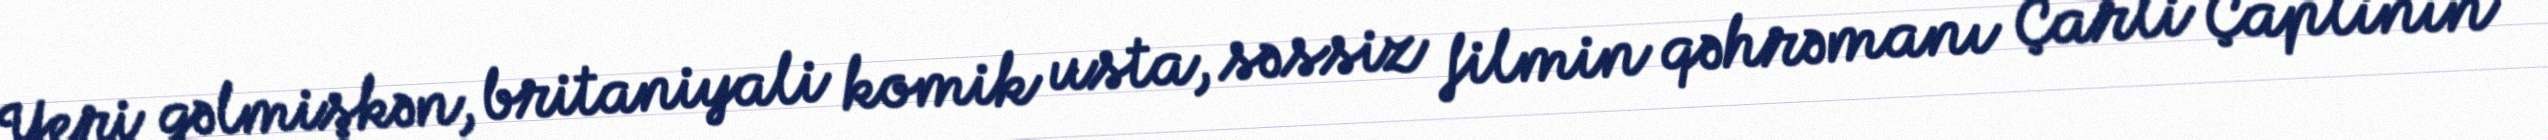
Yeri gəlmişkən, britaniyali komik usta, səssiz filmin qəhrəmanı Çarli Çaplinin